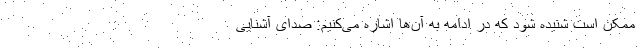
ممکن است شنیده شود که در ادامه به آن‌ها اشاره می‌کنیم: صدای آشنایی